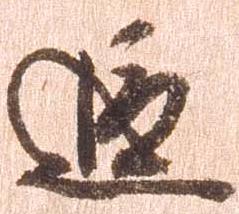
追